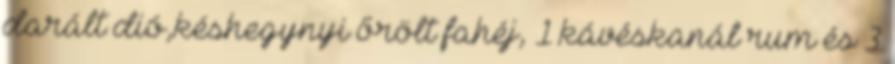
darált dió,késhegynyi őrölt fahéj, 1 kávéskanál rum és 3